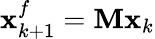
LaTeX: \mathbf{x}_{k+1}^{f}=\mathbf{M}\mathbf{x}_{k}